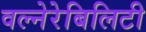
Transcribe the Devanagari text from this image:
वल्नेरेबिलिटी